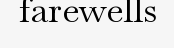
farewells